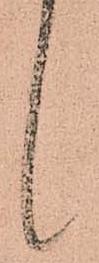
候